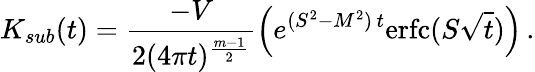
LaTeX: K_{sub}(t)=\frac{-V}{2(4\pi t)^{\frac{m-1}2}}\left(e^{(S^{2}-M^{2})\, t}\mathrm{erfc}(S\sqrt t)\right)\, .